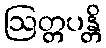
ဩတ္တပန္တိ